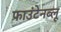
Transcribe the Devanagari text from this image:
फाउंटेनब्‍लू